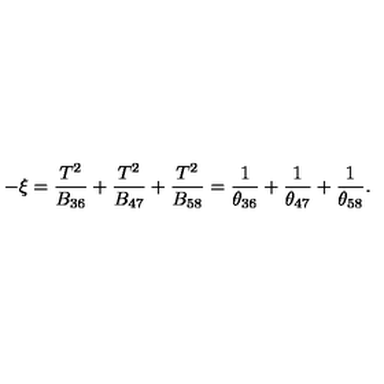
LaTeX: - \xi = \frac { T ^ { 2 } } { B _ { 3 6 } } + \frac { T ^ { 2 } } { B _ { 4 7 } } + \frac { T ^ { 2 } } { B _ { 5 8 } } = \frac { 1 } { \theta _ { 3 6 } } + \frac { 1 } { \theta _ { 4 7 } } + \frac { 1 } { \theta _ { 5 8 } } .